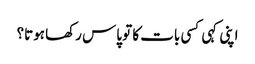
اپنی کہی کسی بات کا تو پاس رکھا ہوتا؟